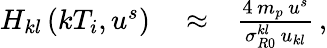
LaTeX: \begin{array}{rlr}{H_{kl}\left(kT_{i},u^{s}\right)}&{{}\approx}&{\frac{4\, m_{p}\, u^{s}}{\sigma_{R0}^{kl}\, u_{kl}}\, ,}\end{array}